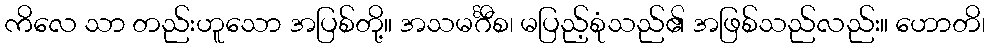
ကိလေ သာ တည်းဟူသော အပြစ်တို့။ အသမင်္ဂီစ၊ မပြည့်စုံသည်၏ အဖြစ်သည်လည်း။ ဟောတိ၊